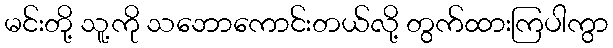
မင်းတို့ သူ့ကို သဘောကောင်းတယ်လို့ တွက်ထားကြပါကွာ